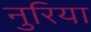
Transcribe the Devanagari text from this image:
नुरिया